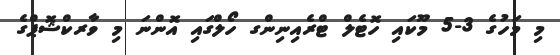
މި މަހުގެ 3-5 މޫކައި ހޮޓެލް ޓްރެއިނިންގ ހޯލްގައި އޮންނަ މި ވާރކްޝޮޕްގެ